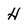
Character: H